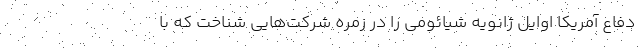
دفاع آمریکا اوایل ژانویه شیائومی را در زمره شرکت‌هایی شناخت که با